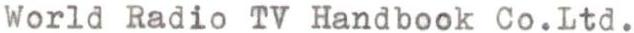
World Radio TV Handbook Co.Ltd.